Ridala_vallavalitsus, lk 13
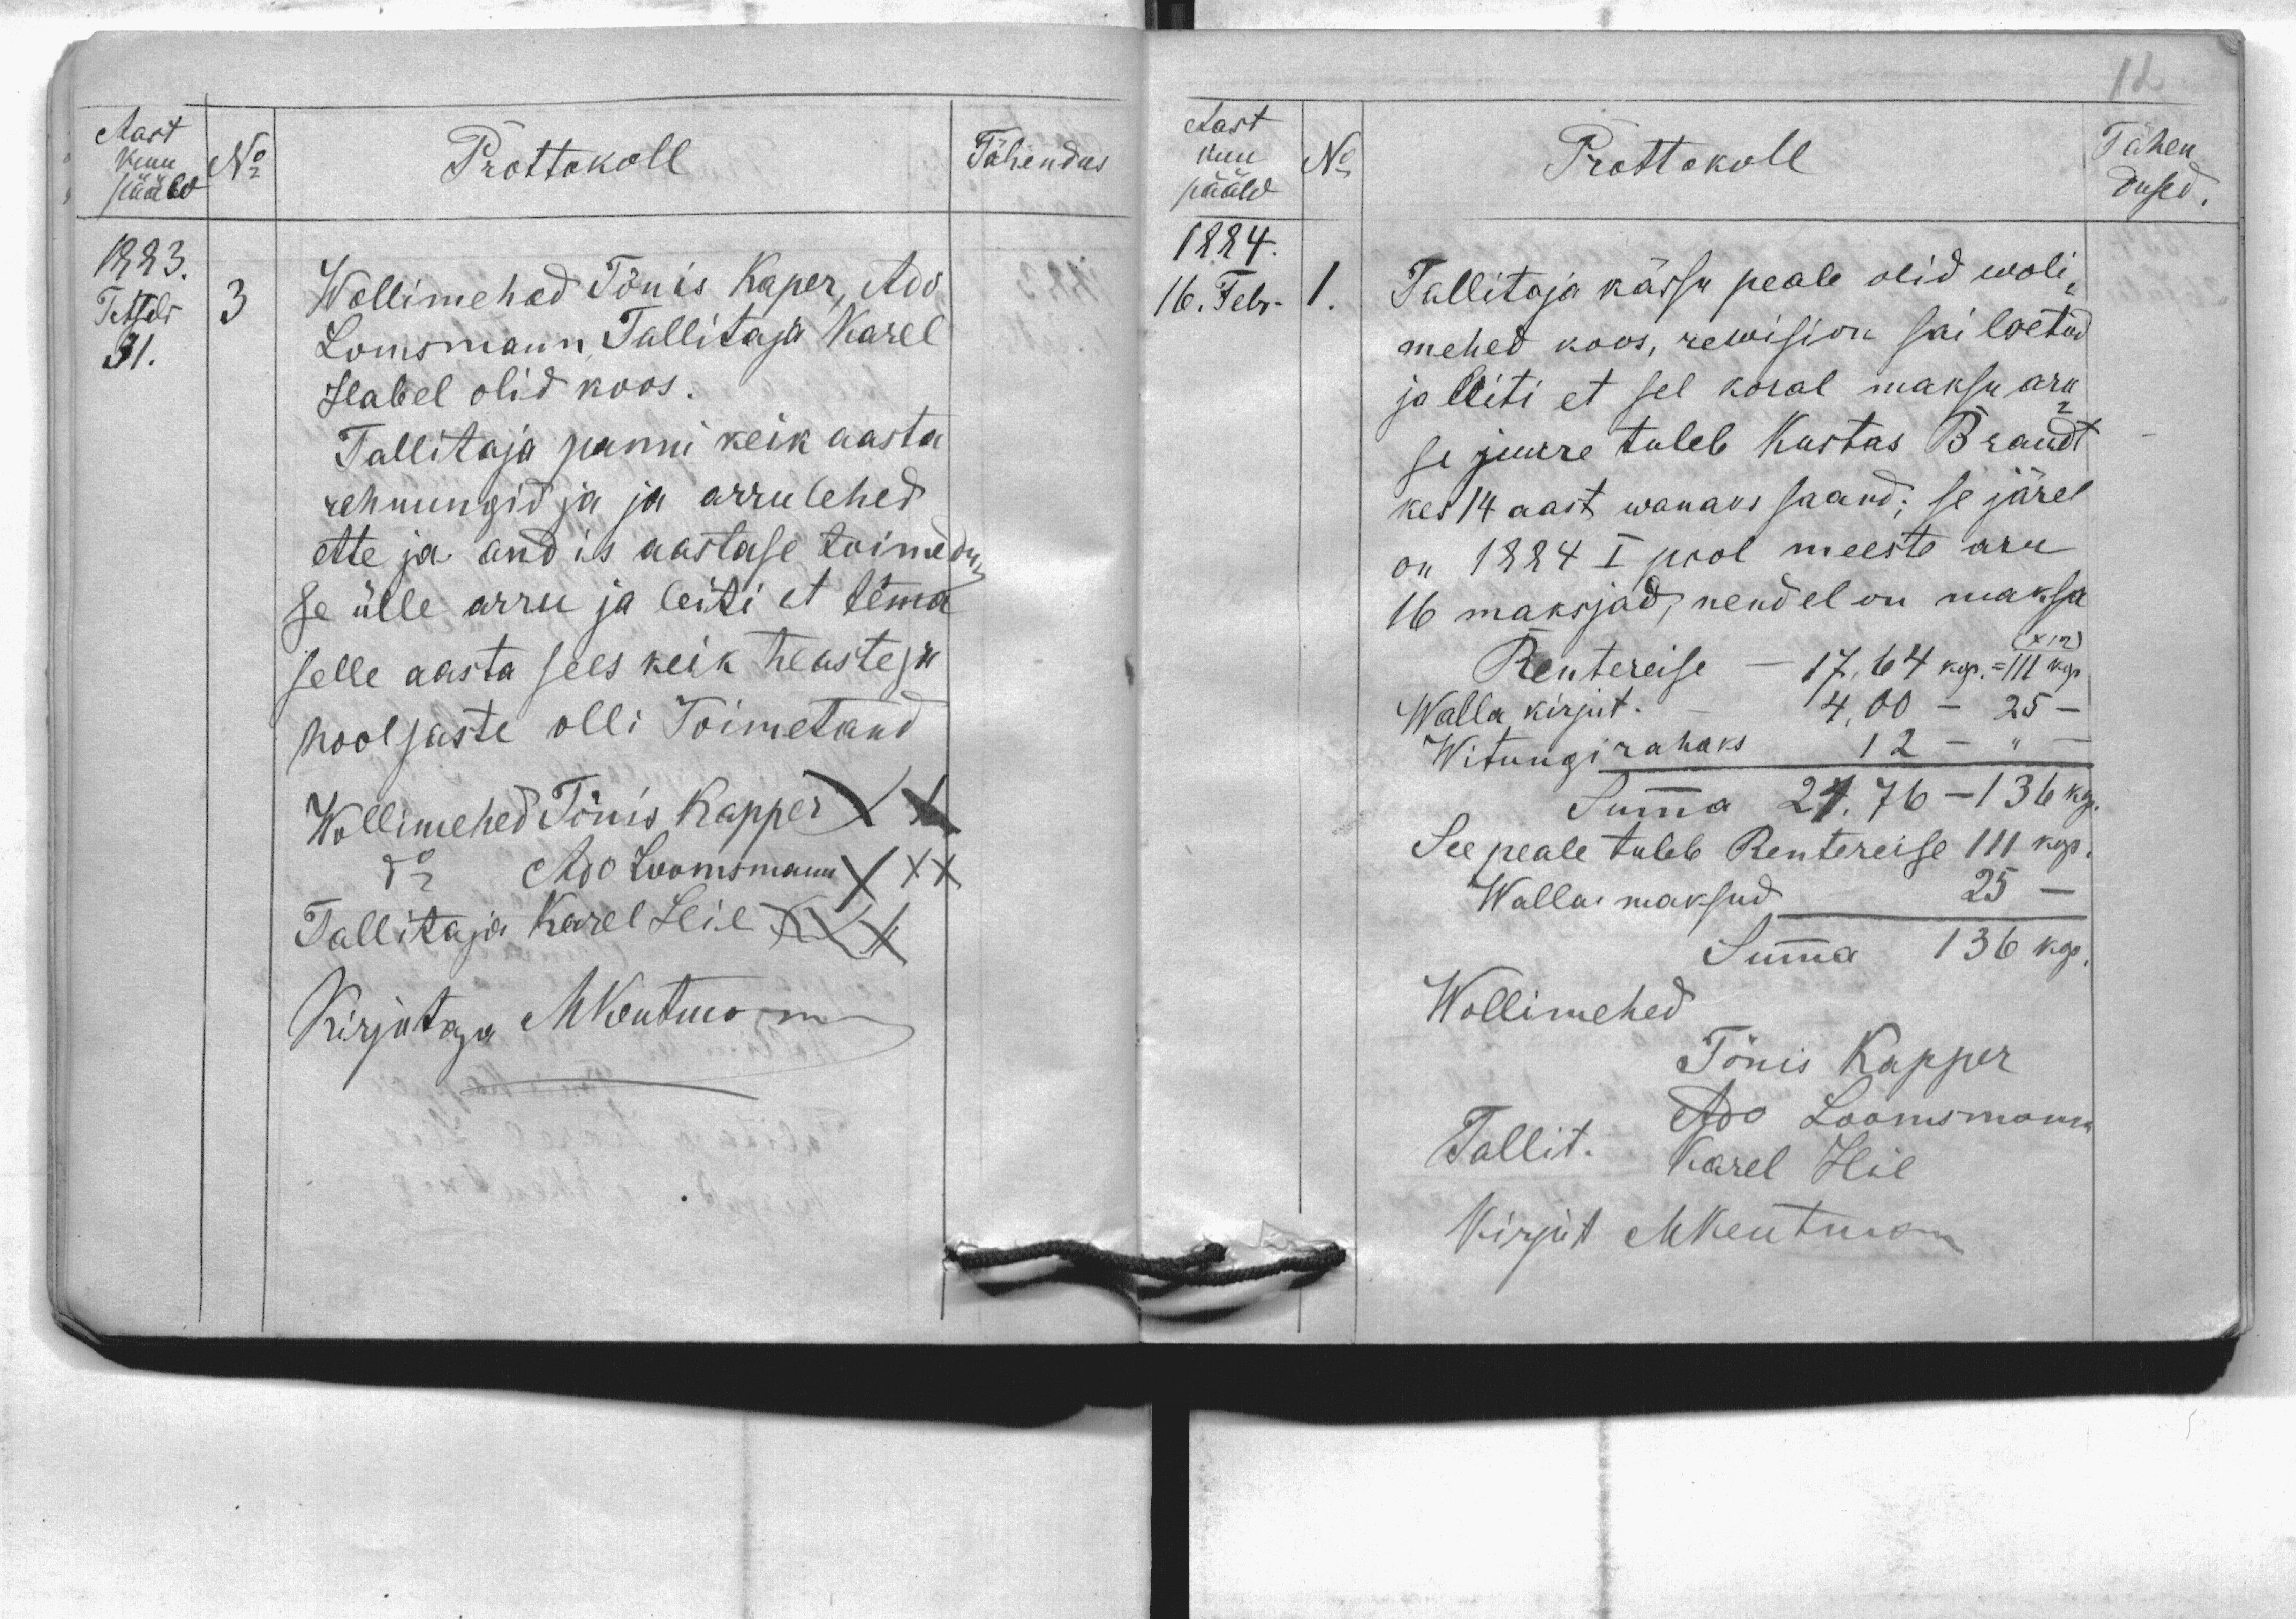
Aast
pääw
1883.
Tetsebr
31.
No
Prottokoll
Wollimehed Tõnis Kaper, Ado
Lomsmann, Tallitaja Karel
Habel olid koos.
Tallitaja panni keik aasta
rehnungid ja ja arru lehhed
ette ja andis aastase toimedu-
se ülle arru ja leiti et temma
selle aasta sees keik heaste ja
hoolsaste olli toimetand
Wollimehed Tõnis Kapper XX
do Ado Loomsmann XXX
Tallitaja Karel Hie XXX
Kirjutaja MKentman
Tähendus
3
kuu

Aast
kuu
No
pääw
1884
16. Febr.
1
Prottokoll
Tallitaja kässu peale olid woli-
mehed koos, rewision sai loetud
ja leiti et sel koral maksu aru
se juure tuleb Kustas Brandt
kes 14 aast wanaks saand; se järel
on 1884 I pool meeste aru
16 maksjad, nendel on maksa
(x12)
Rentereise - 17,64 kop. = 111 kop
Walla kirjut. - 4,00 - 25
Witungi rahaks 12
Summa 21,76 - 136 kop.
See peale tuleb Rentereise 111 kop.
Walla maksud 25 -
Summa 136 kop.
Wollimehed
Tõnis Kapper
Ado Loomsmann
Tallit. Karel Hie
Kirjut MKentman
Tähen
dused